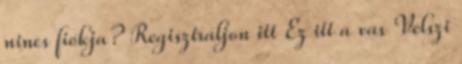
nincs fiókja? Regisztráljon itt Ez itt a vas Velszi